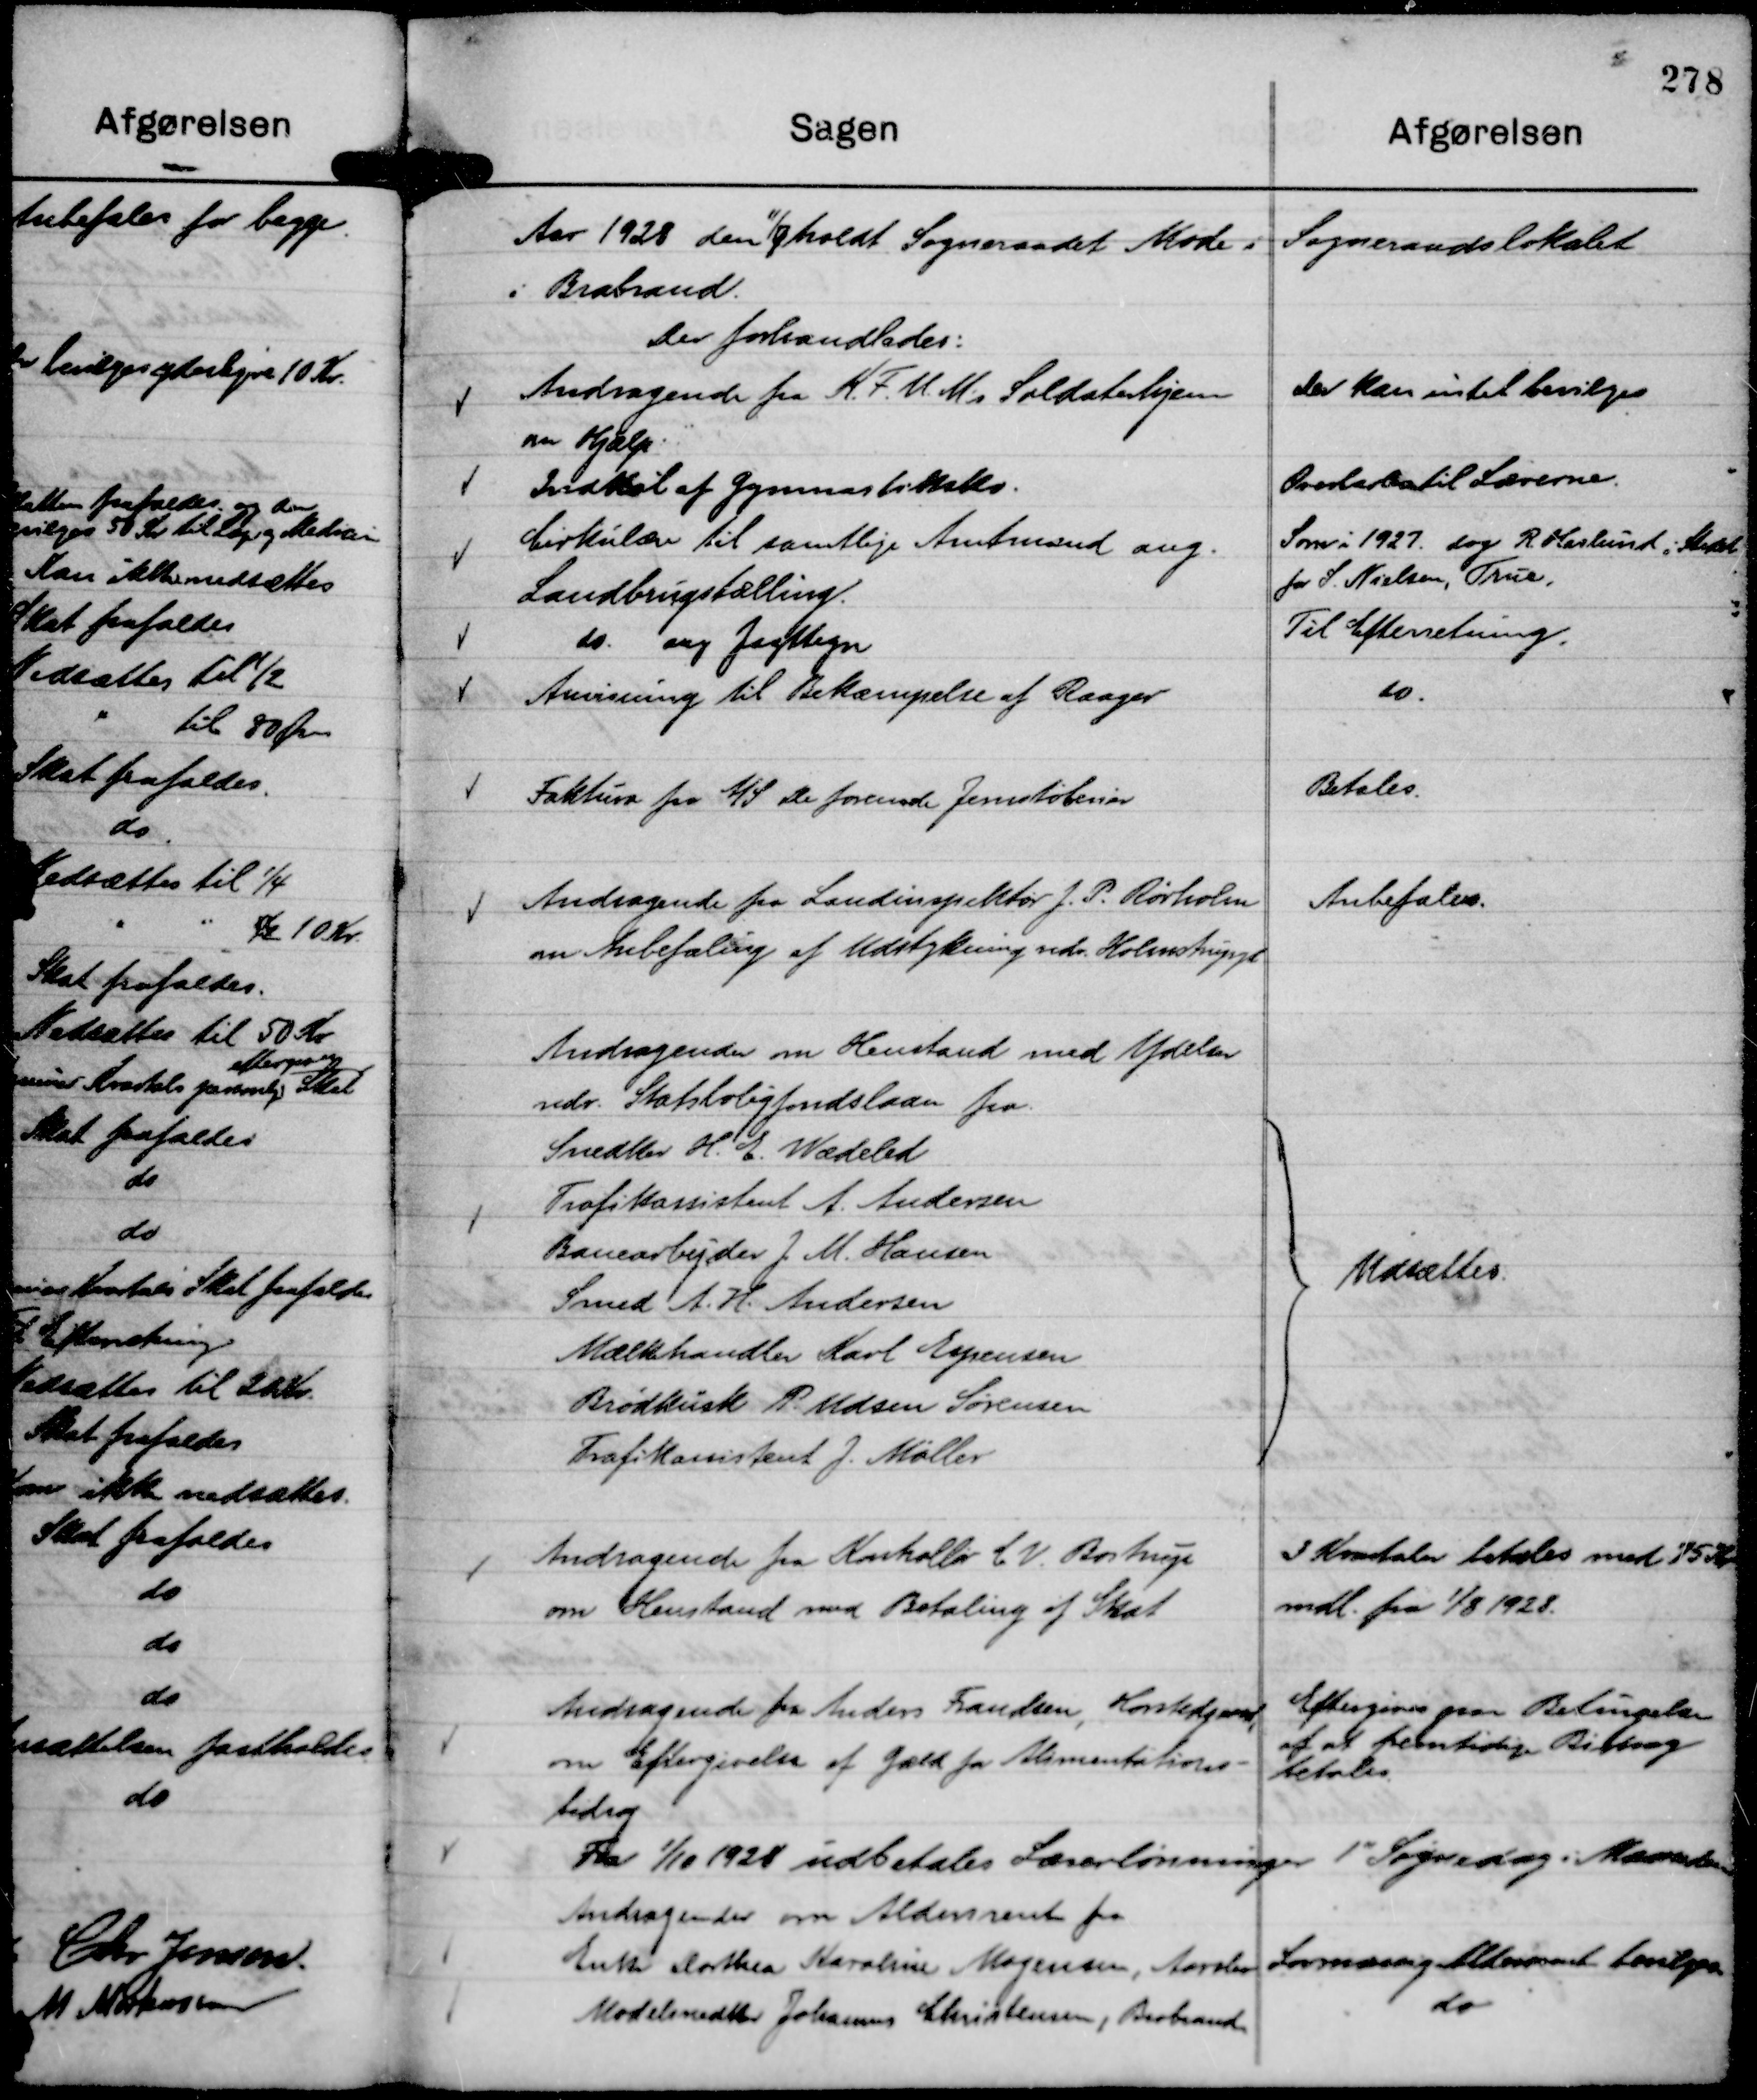
Transskription:
Aar 1928 den

11/7 holdt Sogneraadet Møde i Sogneraadslokalet
i Brabrand.
Der forhandledes:

Andragende fra K. F. U. M's Soldaterhjem
om Hjælp.

Der kan intet bevilges

Indkøb af Gymnastiksko.

Overlades til Lærerne

Cirkulære til samtlige Amtmænd ang.
Landbrugstælling.

Som i 1927. dog R. Haslund i Stedet
for S. Nielsen, True.

do. ang Jagttegn

Til Efterretning.

Anvisning til Bekæmpelse af Raager

do.

Faktura fra A/S De forenede Jernstøberier

Betales.

Andragende fra Landinspektør J. P. Rørholm
om Anbefaling af Udstykning vedr. Holmstrupgd

Anbefales.

Andragender om Henstand med ydelser
vedr. Statsboligfondslaan fra
Snedker H. E. Wædeled
Trafikassistent A. Andersen
Banearbejder J M. Hansen
Smed A. H. Andersen
Mælkehandler Karl Espersen
Brødkusk P. Udsen Sørensen
Trafikassistent J. Møller

Udsættes.

Andragende fra Kontrollør C V. Bostrup
om Henstand med Betaling af Skat

3 Kvartaler betales med 75 Kr
mdl. fra 1/8 1928.

Andragende fra Anders Frandsen, Horstedgaard,
om Eftergivelse af Gæld for Alimentations-
bidrag

Eftergives paa Betingelse
af at fremtidige Bidrag
betales.

Fra

1/10 1928 udbetales Lærerlønninger 1" Søgnedag i Maaneden

Andragende om Aldersrente fra
Enke Dorthea Karoline Mogensen, Aarslev

Lovmæssig Aldersrente bevilges.

Modelsnedker Johannes Christensen, Brabrand

do